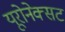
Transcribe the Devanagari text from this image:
यूरोनेक्सट